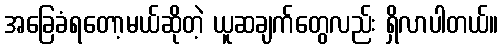
အခြေခံရတော့မယ်ဆိုတဲ့ ယူဆချက်တွေလည်း ရှိလာပါတယ်။